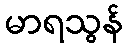
မာရသွန်